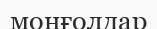
монғолдар